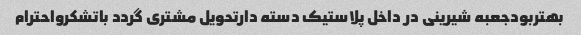
بهتربودجعبه شیرینی در داخل پلاستیک دسته دارتحویل مشتری گردد باتشکرواحترام